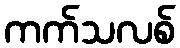
ကက်သလစ်